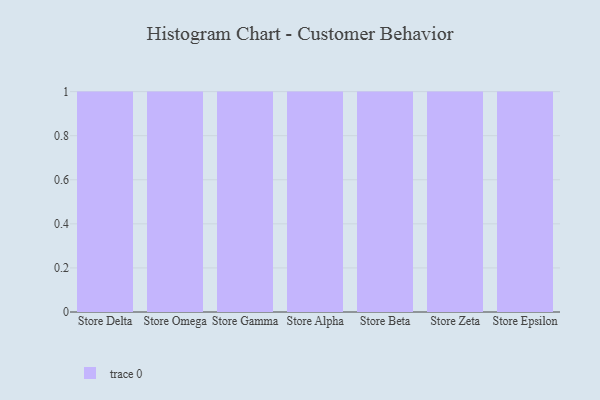
{"axis": {"x": "Store", "y": "Budget (USD K)"}, "legend": [""], "data": [{"x": "Store Delta", "y": 57, "type": ""}, {"x": "Store Omega", "y": 19, "type": ""}, {"x": "Store Gamma", "y": 63, "type": ""}, {"x": "Store Alpha", "y": 92, "type": ""}, {"x": "Store Beta", "y": 78, "type": ""}, {"x": "Store Zeta", "y": 21, "type": ""}, {"x": "Store Epsilon", "y": 87, "type": ""}]}